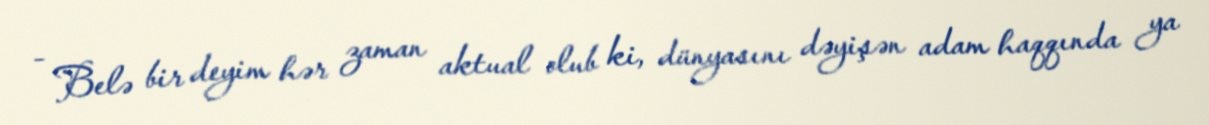
- Belə bir deyim hər zaman aktual olub ki, dünyasını dəyişən adam haqqında ya